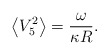
\begin{align*}\left<V_5^2\right>=\frac{\omega}{\kappa R}.\end{align*}